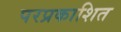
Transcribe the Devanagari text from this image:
परप्रकाशित